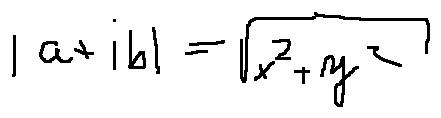
| a + i b | = \sqrt { x ^ { 2 } + y ^ { 2 } }